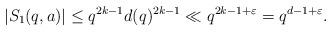
LaTeX: \begin{align*} |S_1(q,a)|\leq q^{2k-1}d(q)^{2k-1} \ll q^{2k-1+\varepsilon}=q^{d-1+\varepsilon}.\end{align*}